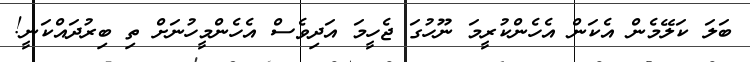
ބަލަ ކަލޭމެން އެކަން އެހެންކުރީމަ ނޫހުގަ ޖެހީމަ އަދިވެސް އެހެންމީހުނަށް ތި ބިރުދައްކަނީ!